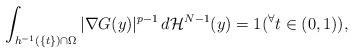
LaTeX: \begin{align*}\int_{h^{-1}(\{ t\} ) \cap \Omega} |\nabla G (y)|^{p-1} \,d \mathcal{H}^{N-1}(y) = 1 ({}^{\forall}t \in (0,1)),\end{align*}